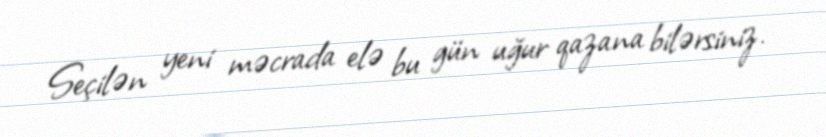
Seçilən yeni məcrada elə bu gün uğur qazana bilərsiniz.